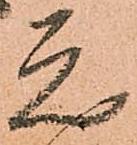
元